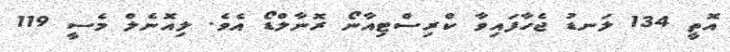
އޮތީ 134 ލަނޑު ޖެހާފައިވާ ކްރިސްޓިއާނޯ ރޮނާލްޑޯ އެވެ. ލިއޮނެލް މެސީ 119